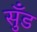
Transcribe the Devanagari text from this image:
सुँड